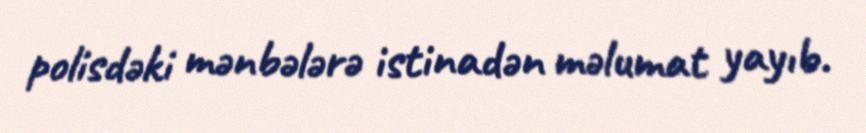
polisdəki mənbələrə istinadən məlumat yayıb.